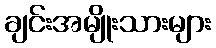
ချင်းအမျိုးသားများ